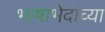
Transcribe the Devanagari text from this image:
भाषाभेदांच्या